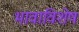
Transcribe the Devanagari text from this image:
भावाविशेष